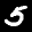
Label: 5